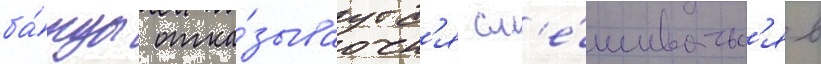
ба́нды отка́зываутс'я см'е́шиватьс'я в